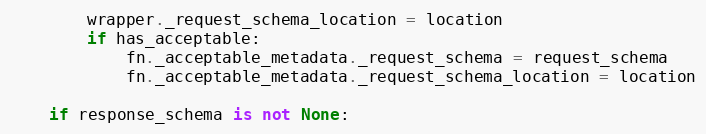
Language: Python
        wrapper._request_schema_location = location
        if has_acceptable:
            fn._acceptable_metadata._request_schema = request_schema
            fn._acceptable_metadata._request_schema_location = location

    if response_schema is not None: